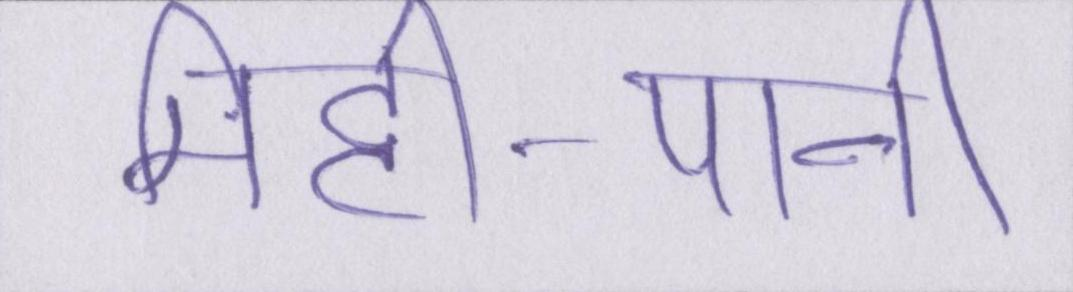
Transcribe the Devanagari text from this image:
मिट्टी-पानी